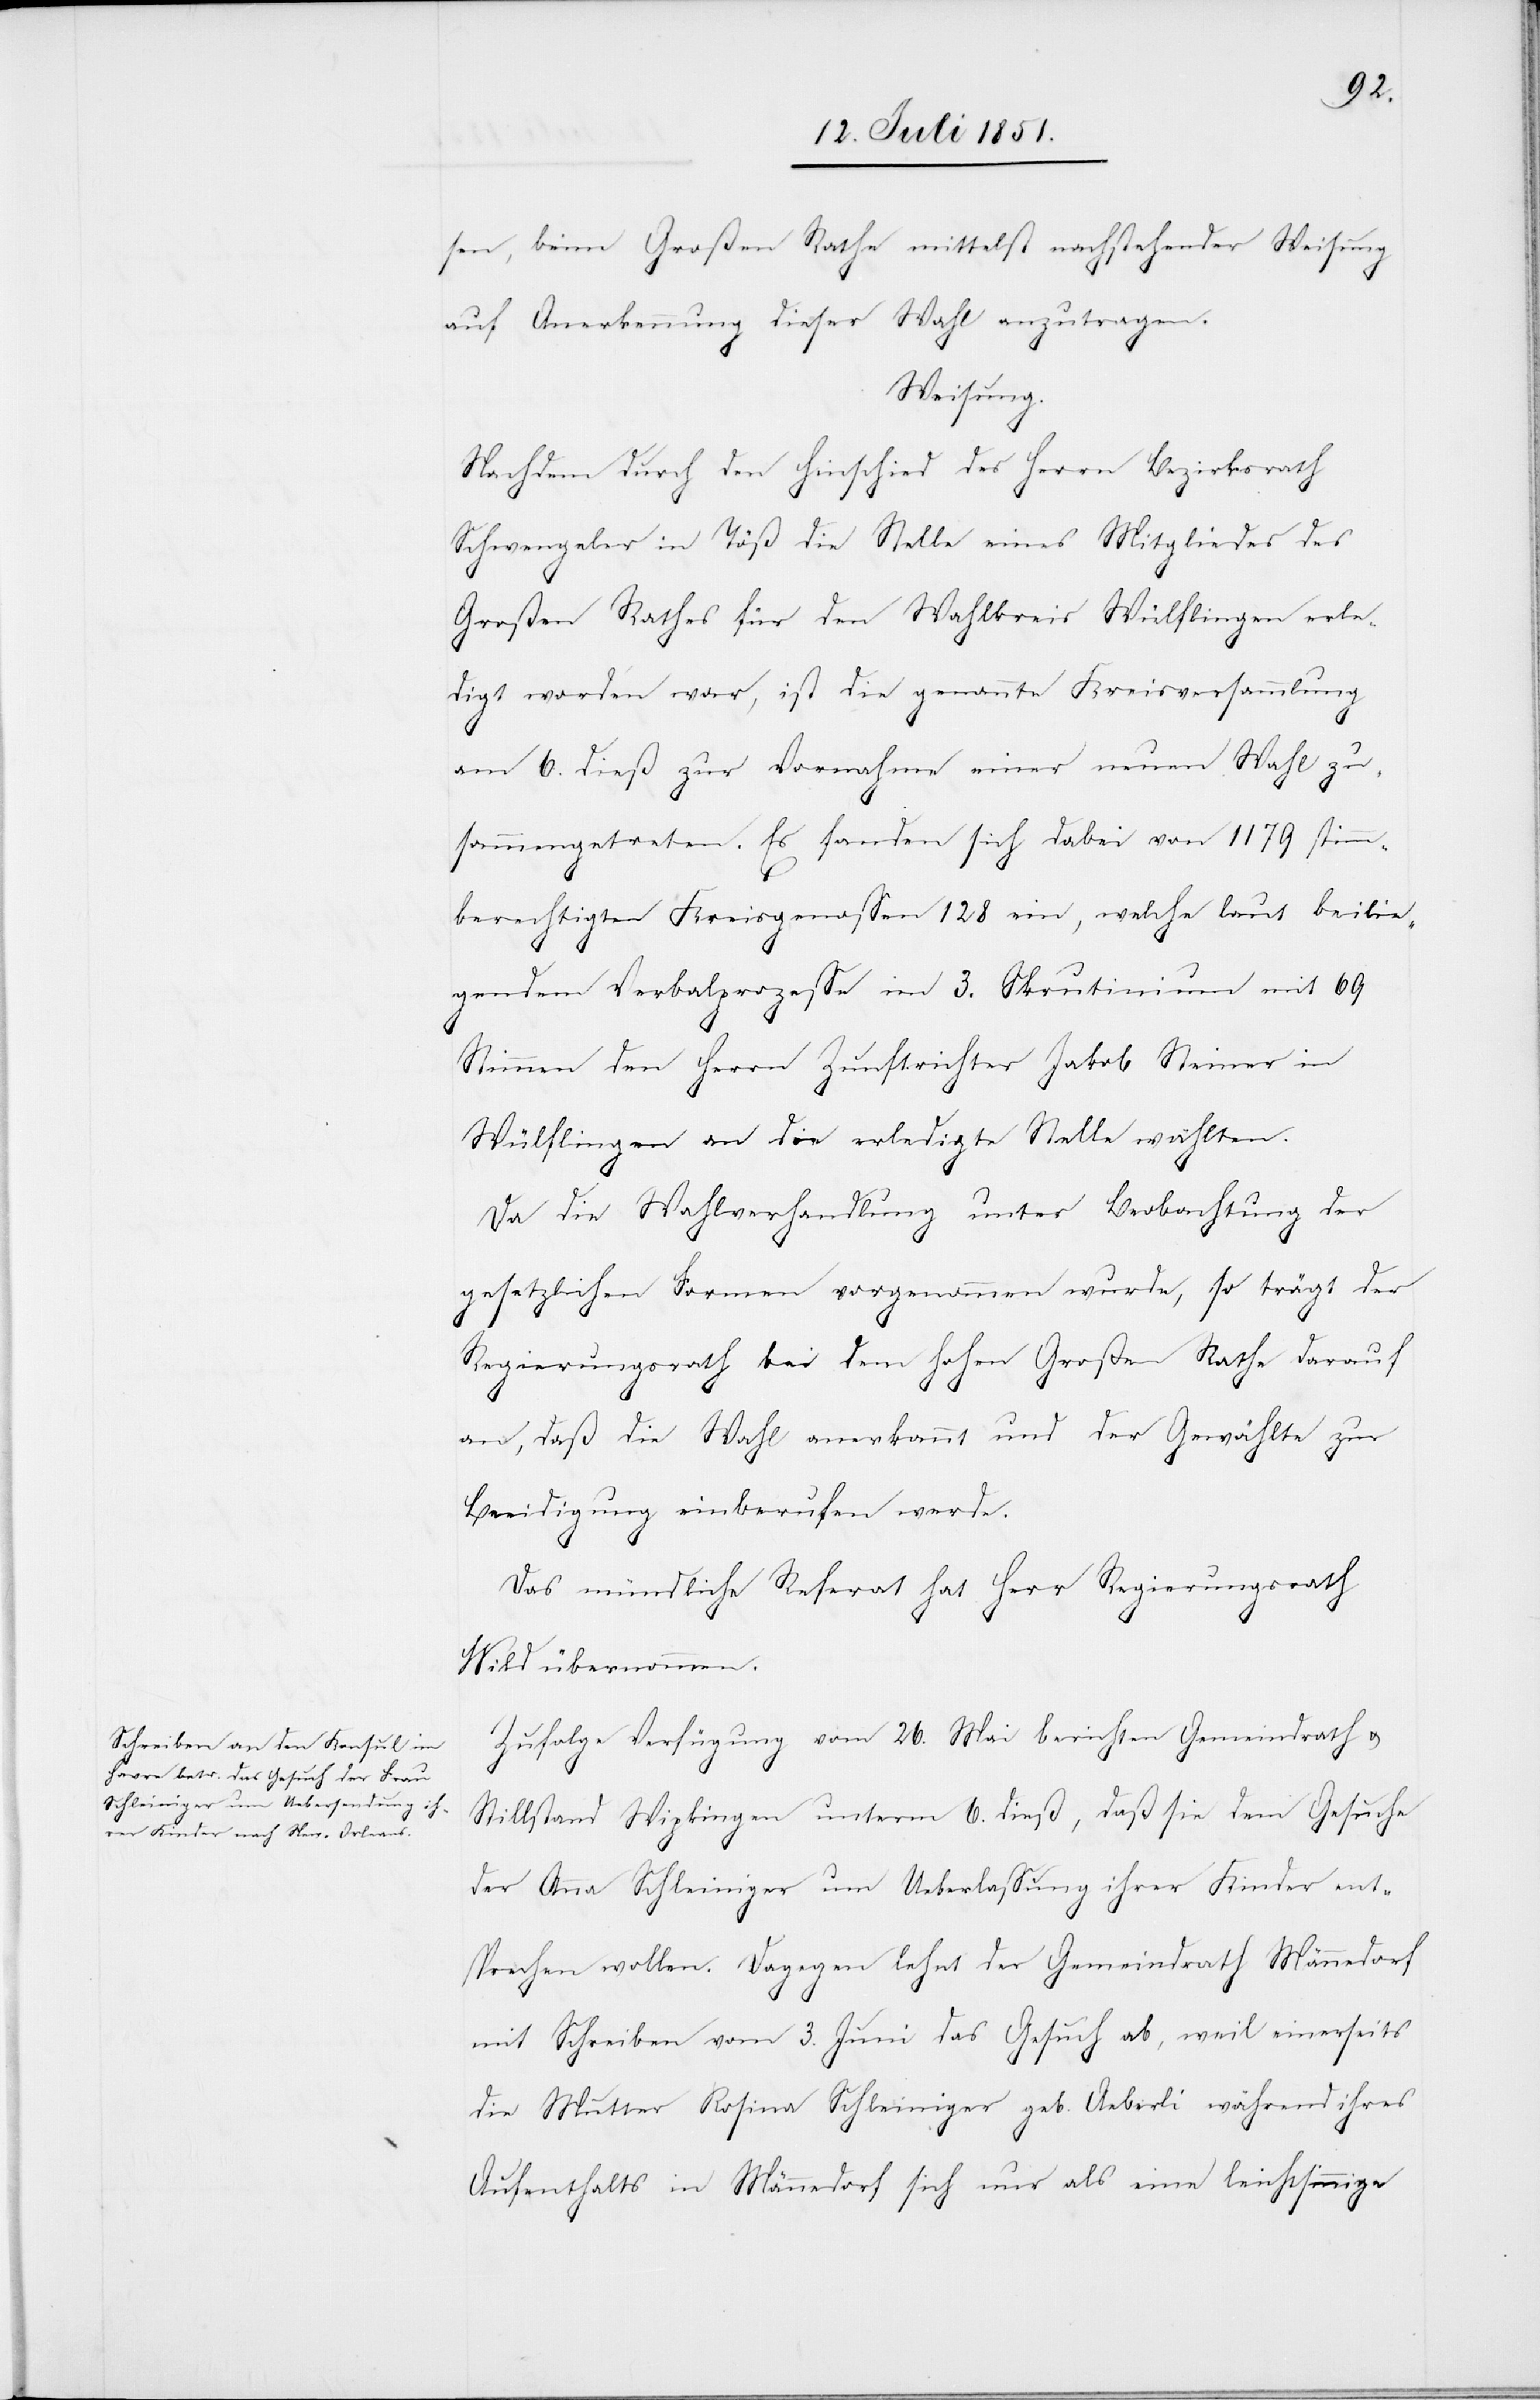
sen, beim Großen Rathe mittelst nachstehender Weisung
auf Anerkennung dieser Wahl anzutragen.
Weisung.
Nachdem durch den Hinschied des Herrn Bezirksrath
Schwengeler in Töß die Stelle eines Mitgliedes des
Großen Rathes für den Wahlkreis Wülflingen erle¬
digt worden war, ist die genannte Kreisversammlung
am 6. dieß zur Vornahme einer neuen Wahl zu¬
sammengetreten. Es fanden sich dabei von 1179 stimm¬
berechtigten Kreisgenossen 128 ein, welche laut beilie¬
gendem Verbalprozesse im 3. Scrutinium mit 69
Stimmen den Herrn Zunftrichter Jakob Steiner in
Wülflingen an die erledigte Stelle wählten.
Da die Wahlverhandlung unter Beobachtung der
gesetzlichen Formen vorgenommen wurde, so trägt der
Regierungsrath bei dem hohen Großen Rathe darauf
an, daß die Wahl anerkannt und der Gewählte zur
Beeidigung einberufen werde.
Das mündliche Referat hat Herr Regierungsrath
Wild übernommen.
Zufolge Verfügung vom 26. Mai berichten Gemeindrath &
Stillstand Wipkingen unterm 6. dieß, daß sie dem Gesuche
der Anna Schleiniger um Ueberlassung ihrer Kinder ent¬
sprechen wollen. Dagegen lehnt der Gemeindrath Männedorf
mit Schreiben vom 3. Juni das Gesuch ab, weil einerseits
die Mutter Rosina Schleiniger geb. Aeberli während ihres
Aufenthalts in Männedorf sich nur als eine leichtsinnige